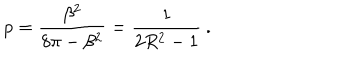
p = \displaystyle \frac { \beta ^ { 2 } } { 8 \pi - \beta ^ { 2 } } = \displaystyle \frac { 1 } { 2 R ^ { 2 } - 1 } \: .